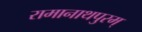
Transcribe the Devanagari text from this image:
रामानाथपुरम्